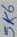
Text: 5K6